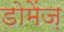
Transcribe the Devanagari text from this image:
डोमेंज़